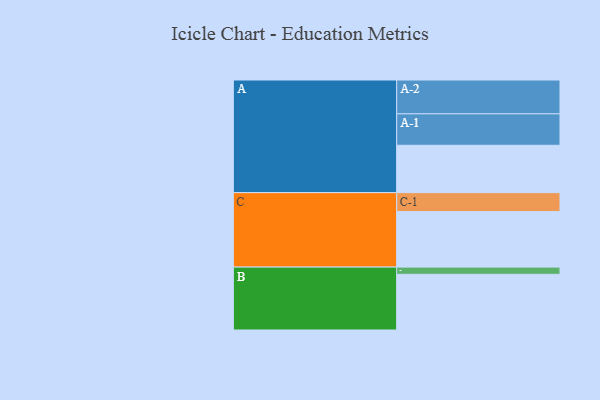
{"axis": {"x": "Segment", "y": "Value"}, "legend": ["", "A", "B", "C"], "data": [{"x": "A", "y": 375, "type": ""}, {"x": "B", "y": 441, "type": ""}, {"x": "C", "y": 440, "type": ""}, {"x": "A-1", "y": 249, "type": "A"}, {"x": "A-2", "y": 268, "type": "A"}, {"x": "B-1", "y": 57, "type": "B"}, {"x": "C-1", "y": 150, "type": "C"}]}